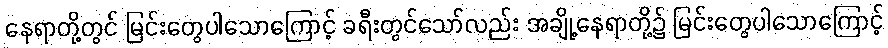
နေရာတို့တွင် မြင်းတွေပါသောကြောင့် ခရီးတွင်သော်လည်း အချို့နေရာတို့၌ မြင်းတွေပါသောကြောင့်